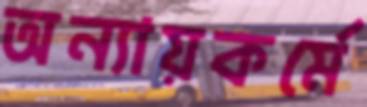
অন্যায়কর্মে